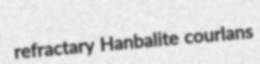
refractary Hanbalite courlans